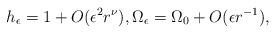
LaTeX: \begin{align*}h_\epsilon = 1 +O(\epsilon^2r^{\nu}), \Omega_\epsilon = \Omega_0 +O(\epsilon r^{-1}),\end{align*}